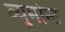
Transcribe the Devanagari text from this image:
ब्यूमोन्ट